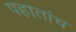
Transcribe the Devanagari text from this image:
पहातांच